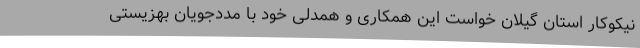
نیکوکار استان گیلان خواست این همکاری و همدلی خود با مددجویان بهزیستی